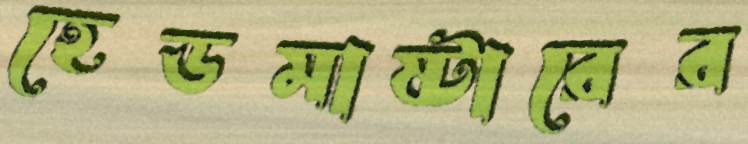
হেডমাষ্টারের